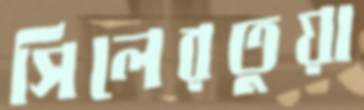
সিলেরতুয়া